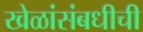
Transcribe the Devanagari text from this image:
खेळांसंबधीची